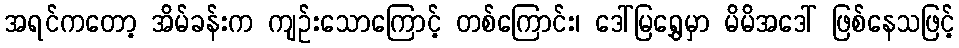
အရင်ကတော့ အိမ်ခန်းက ကျဉ်းသောကြောင့် တစ်ကြောင်း၊ ဒေါ်မြရွှေမှာ မိမိအဒေါ် ဖြစ်နေသဖြင့်